Vaccination in Bombay 1902-1912 - 1902-1912
Year: 1902
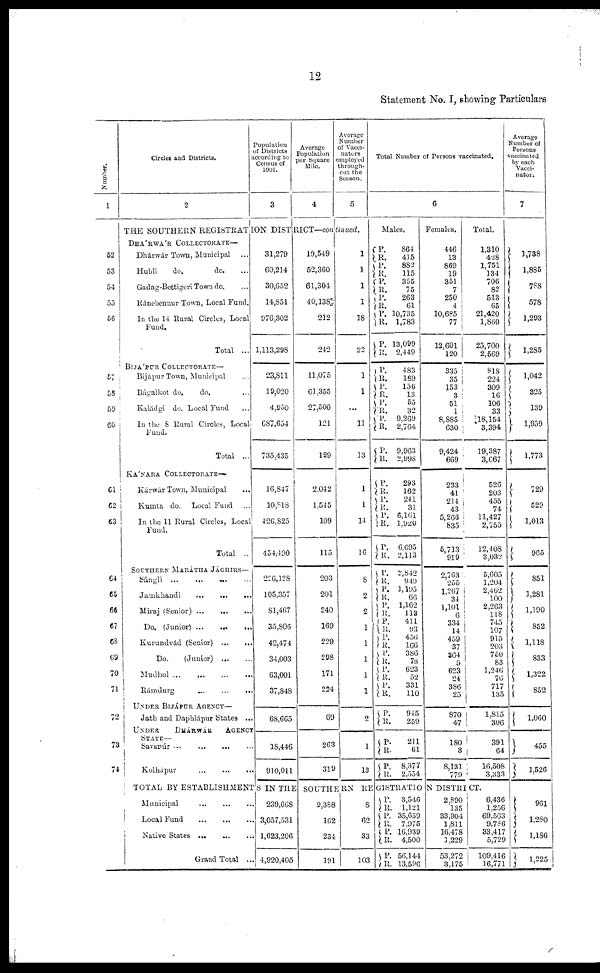
12
Statement No. I, showing Particulars
Number.
1
52
53
54
55
56
57
58
59
60
61
62
63
64
65
66
67
68
69
70
71
72
73
74
Circles and Districts.
2
Population
of Districts
according to
Census of
1901.
3
Average
Population
per Square
Mile.
4
Average
Number
of Vacci-
nators
employed
through-
out the
Season.
5
THE SOUTHERN REGISTRATION DISTRICT—continued.
DHÁRWÁR COLLECTORATE—
Dhárwár Town, Municipal ...
Hubli
do.
do. ...
Gadag-Bettigeri Town do. ...
Ránebennur Town, Local Fund.
In the 14 Rural Circles, Local
Fund.
Total ...
BIJÁPUR COLLECTORATE—
Bijápur Town, Municipal ...
Bágalkot do.
do. ...
Kaládgi do. Local Fund ...
In the 8 Rural Circles, Local
Fund.
Total ...
KÁNARA COLLECTORATE—
Kárwár Town, Municipal ...
Kumta do.
Local Fund ...
In the 11 Rural Circles, Local
Fund.
Total ...
SOUTHERN MARÁTHA JÁGHIRS—
Sángli ...
...
... ...
Jamkhandi
...
...
...
Miraj (Senior) ...
...
...
Do. (Junior) ...
...
...
Kurundvád (Senior) ...
...
Do.
(Junior) ... ...
Mudhol
...
...
...
...
Rámdurg
...
...
...
UNDER BIJÁPUR AGENCY—
Jath and Daphlápur States ...
UNDER DHÁRWÁR AGENCY
STATE—
Savanúr
...
...
...
...
Kolhápur ... ... ...
31,279
60,214
30,652
14,851
976,302
1,113,298
23,811
19,020
4,950
687,654
735,435
16,847
10,818
426,825
454,490
226,128
105,357
81,467
35,806
42,474
34,003
63,001
37,848
68,665
18,446
910,011
19,549
52,360
61,304
40,138
212
242
11,075
61,355
27,500
121
129
2,042
1,545
109
115
203
201
240
169
229
298
171
224
69
263
319
1
1
1
1
18
22
1
1
...
11
13
1
1
14
16
8
2
2
1
1
1
1
1
2
1
13
Total Number of Persons vaccinated.
6
Males.
P.
R.
P.
R.
P.
R.
P. R.
P.
R.
P.
R.
P.
R.
P.
R.
P.
R.
P. R.
P.
R.
P.
R.
P.
R.
P.
R.
P.
R.
P.
R.
P.
R.
P.
R.
P.
R.
P.
R.
P.
R. P.
R.
P.
R.
P.
R.
P.
R.
P.
R.
864
415
882
115
355
75
263
61
10,735
1,783
13,099
2,449
483
189
156
13
55
32
9,269
2,764
9,963
2,998
293
162
241
31
6,161
1,920
6,695
2,113
2,842
949
1,195
66
1,162
112
411
93
456
166
386
78
623
52
331
110
945
259
211
61
8,377
2,554
Females.
446
13
869
19
351
7
250
4
10,685
77
12,601
120
335
35
153
3
51
1
8,885
630
9,424
669
233
41
214
43
5,266
835
5,713
919
2,763
255
1,267
34
1,101
6
334
14
459
37
364
5
623
24
386
25
870
47
180
3
8,131
779
Total.
1,310
428
1,751
134
706
82
513
65
21,420
1,860
25,700
2,569
818
224
309
16
106
33
18,154
3,394
19,387
3,667
526
203
455
74
11,427
2,755
12,408
3,032
5,605
1,204
2,462
100
2,263
118
745
107
915
203
750
83
1,246
76
717
135
1,815
306
391
64
16,508
3,333
TOTAL BY ESTABLISHMENTS IN THE SOUTHERN REGISTRATION DISTRICT.
Municipal ... ... ...
Local Fund
...
...
...
Native States
...
...
...
Grand Total ...
239,668
3,057,531
1,623,206
4,920,405
9,388
162
234
191
8
62
33
103
P.
R.
P.
R.
P.
R.
P.
R.
3,546
1,121
35,659
7,975
16,939
4,500
56,144
13,596
2,890
135
33,904
1,811
16,478
1,229
53,272
3,175
6,436
1,256
69,563
9,786
33,417
5,729
109,416
16,771
Average
Number of
Persons
vaccinated
by each
Vacci-
nator.
7
1,738
1,885
788
578
1,293
1,285
1,042
325
139
1,959
1,773
729
529
1,013
965
851
1,281
1,190
852
1,118
833
1,322
852
1,060
455
1,526
961
1,280
1,186
1,225